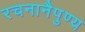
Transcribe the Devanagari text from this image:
रचनानैपुण्य